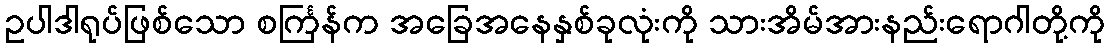
ဥပါဒါရုပ်ဖြစ်သော စင်္ကြန်က အခြေအနေနှစ်ခုလုံးကို သားအိမ်အားနည်းရောဂါတို့ကို